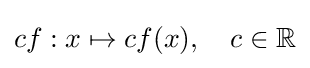
cf:x\mapsto cf(x),\quad c\in \mathbb {R}